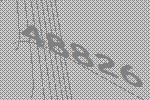
48826